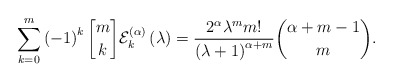
\begin{align*}\sum_{k=0}^{m}\left( -1\right) ^{k}\genfrac{[}{]}{0pt}{}{m}{k}\mathcal{E}_{k}^{\left( \alpha\right) }\left( \lambda\right)=\frac{2^{\alpha}\lambda^{m}m!}{\left( \lambda+1\right) ^{\alpha+m}}\binom{\alpha+m-1}{m}. \end{align*}